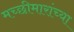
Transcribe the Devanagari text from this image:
मच्छीमारांच्या